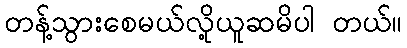
တန့်သွားစေမယ်လို့ယူဆမိပါ တယ်။